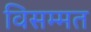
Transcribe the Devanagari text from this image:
विसम्मत